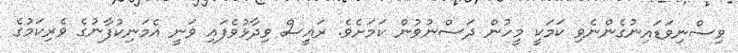
ވިސްނިވަޑައިނުގެންނެވި ކަމަކީ މީހުން ދަސްނުވުން ކަމަށެވެ. ރައީސް ވިދާޅުވެފައި ވަނީ އެމަނިކުފާނުގެ ވެރިކަމުގެ